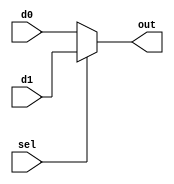
//		2 bit 2:1 Mux created using Behavioral modeling
//		
//		Ports	:	d0	: in	: 1st input, selected if sel is 0
//				:	d1	: in	: 2nd input, selected if sel is 1
//				:	sel	: in	: selection bit.
//				:	out : out 	: selected output
//
//		



module Mux2_1_2Behavioral( d0, d1, sel, out);

	input [1:0] d0, d1;
	input sel;
	
	output reg [1:0] out;
	
	always @(d0 or d1 or sel) begin
		
		if(sel) 
			out = d1;
		else
			out = d0;
			
	end
	
endmodule